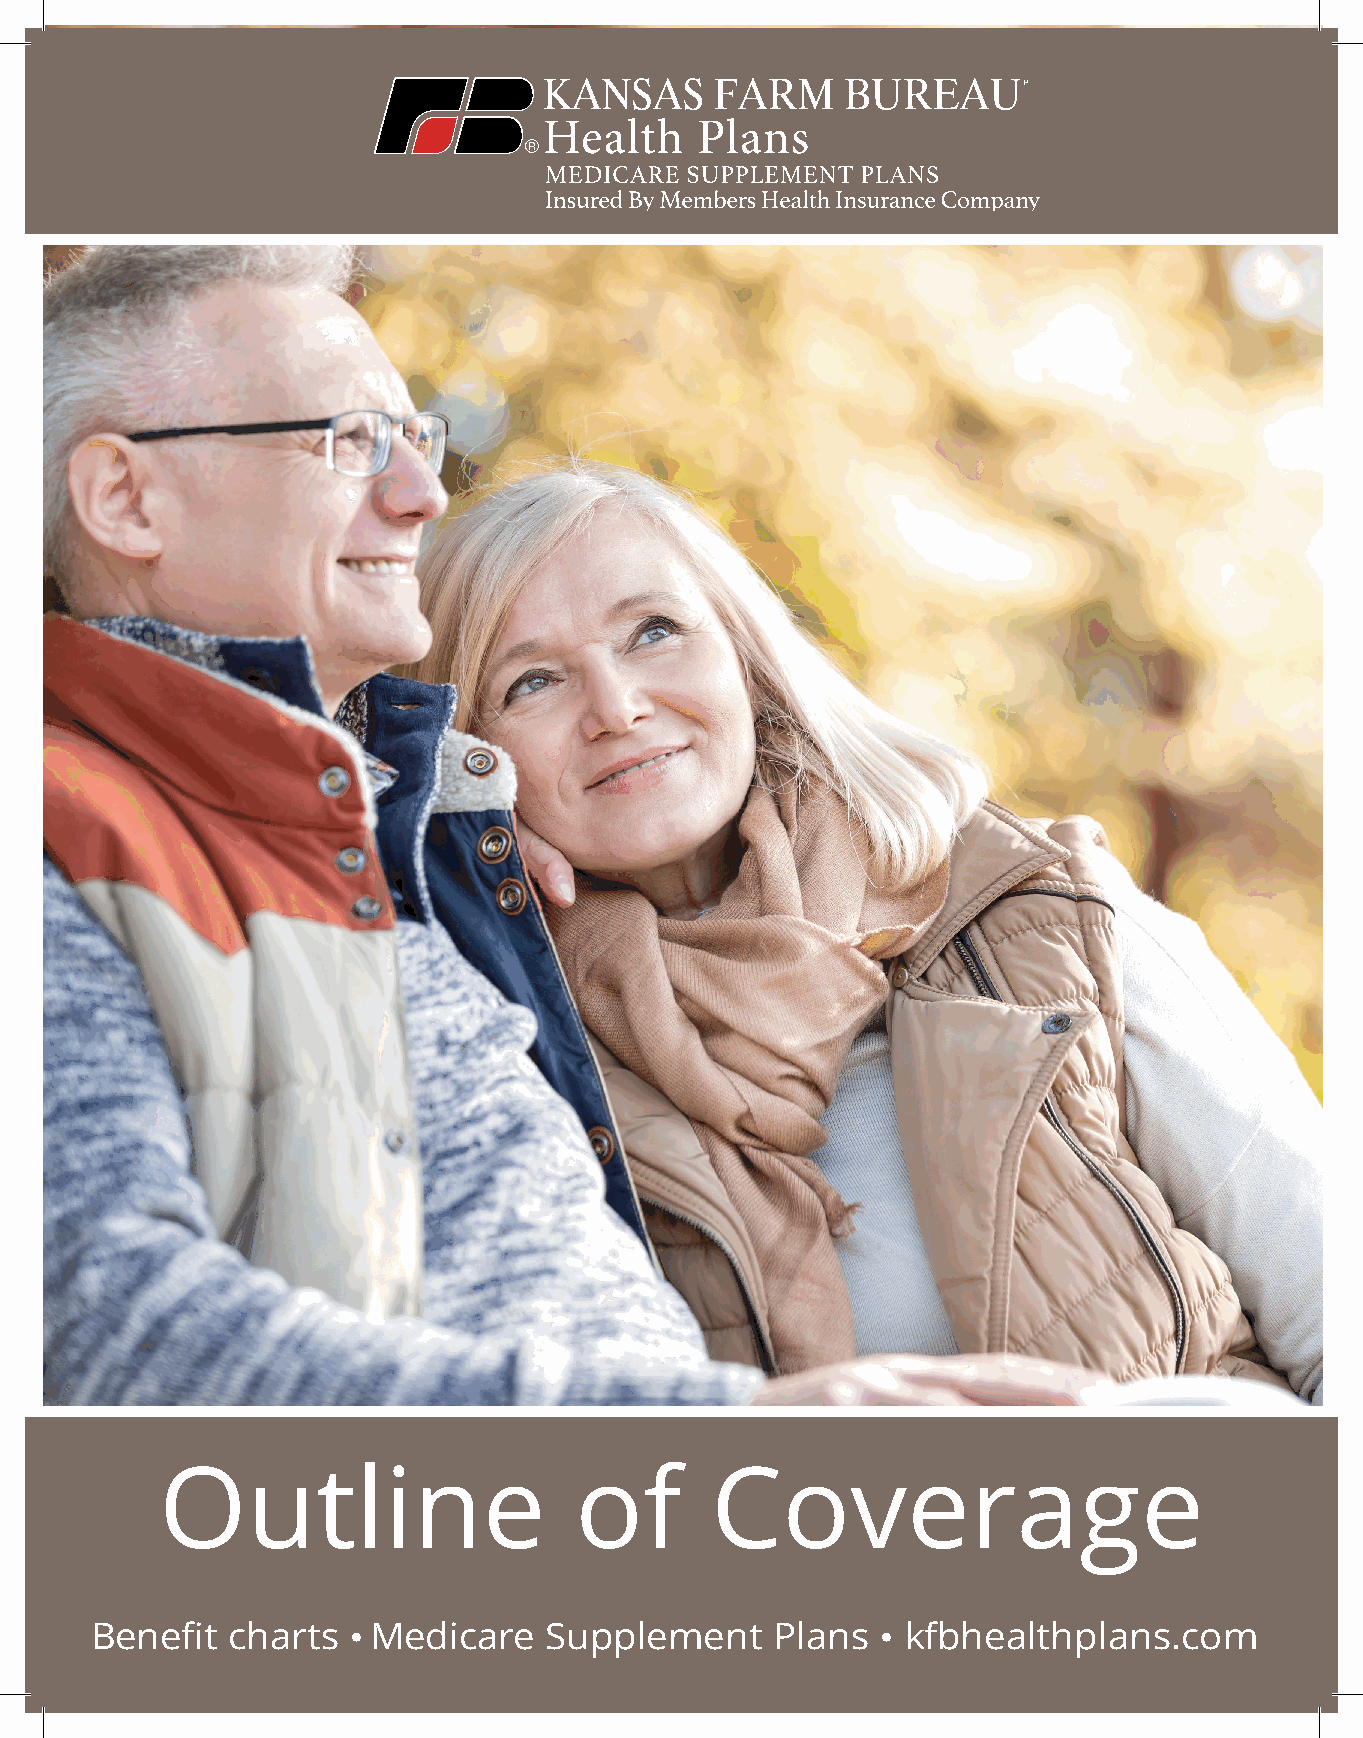
Outline                    of       Coverage
 Benefit  charts  •Medicare    Supplement     Plans  • kfbhealthplans.com
 MH-ING-CM-FL16-163